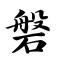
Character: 磐